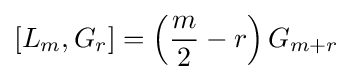
[L_{m},G_{r}]=\left({\frac {m}{2}}-r\right)G_{m+r}